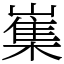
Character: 㠍